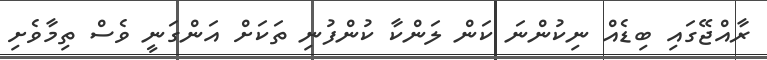
ރާއްޖޭގައި ބިޑެއް ނިކުންނަ ކަން ލަންކާ ކުންފުނި ތަކަށް އަންގަނީ ވެސް ތިމާވެށި